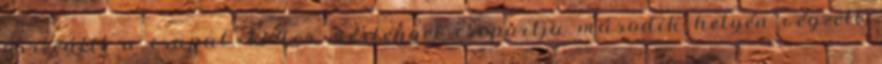
összeállt a csapat. 12-4-es mérleggel csoportja második helyén végzett